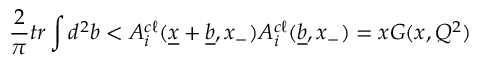
{ \frac { 2 } { \pi } } t r \int d ^ { 2 } b < A _ { i } ^ { c \ell } ( \underline { { { x } } } + \underline { { { b } } } , x _ { - } ) A _ { i } ^ { c \ell } ( \underline { { { b } } } , x _ { - } ) = x G ( x , Q ^ { 2 } )